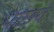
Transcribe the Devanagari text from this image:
पाछवे